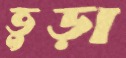
ভুড়া